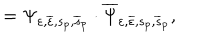
= \Psi _ { \varepsilon , \overline { { { \varepsilon } } } , s _ { p } , \overline { { { s } } } _ { p } } \cdot \overline { { { \Psi } } } _ { \varepsilon , \overline { { { \varepsilon } } } , s _ { p } , \overline { { { s } } } _ { p } } ,